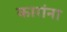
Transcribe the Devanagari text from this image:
कारांना